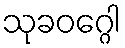
သုခဝဂ္ဂေါ